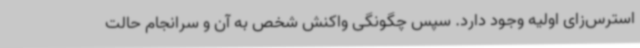
استرس‌زای اولیه‌ وجود دارد. سپس چگونگی واکنش شخص به آن و سرانجام حالت